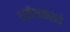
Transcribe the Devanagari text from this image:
श्रीशंकराचे